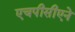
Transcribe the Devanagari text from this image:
एचपीसीएने